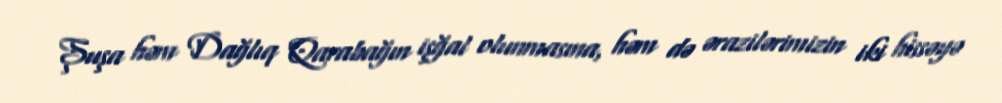
Şuşa həm Dağlıq Qarabağın işğal olunmasına, həm də ərazilərimizin iki hissəyə